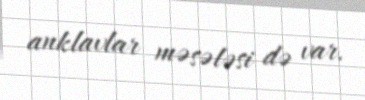
anklavlar məsələsi də var.